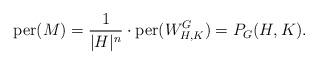
LaTeX: \begin{align*}\mathrm{per}(M) = \frac{1}{|H|^n} \cdot \mathrm{per}(W_{H,K}^G) = P_G(H,K). \end{align*}